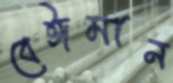
বেঈমান